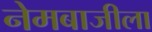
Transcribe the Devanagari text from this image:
नेमबाजीला